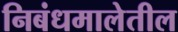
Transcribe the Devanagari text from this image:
निबंधमालेतील